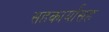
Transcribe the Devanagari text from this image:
सहकार्यांसह